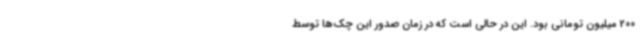
200 میلیون تومانی بود. این در حالی است که در زمان صدور این چک‌ها توسط